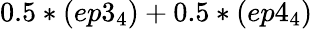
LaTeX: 0.5*(ep3_{4})+0.5*(ep4_{4})